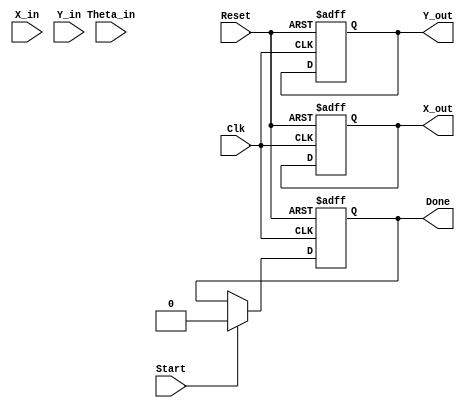
module fixed_point_cordic (
    input  wire [15:0] X_in,       // Fixed-point input x-coordinate
    input  wire [15:0] Y_in,       // Fixed-point input y-coordinate
    input  wire [15:0] Theta_in,   // Fixed-point input angle (in radians)
    input  wire Start,              // Control signal to start CORDIC operation
    input  wire Clk,                // Clock signal
    input  wire Reset,              // Asynchronous reset signal
    output reg  [15:0] X_out,       // Fixed-point output x-coordinate
    output reg  [15:0] Y_out,       // Fixed-point output y-coordinate
    output reg  Done                // Control signal indicating completion
);

    // Parameters
    parameter NUM_ITERATIONS = 16;  // Number of CORDIC iterations
    parameter FIXED_POINT_FRACTIONAL_BITS = 12; // Fractional bits in fixed-point representation

    // Internal signals
    reg [15:0] X;                   // Internal x-coordinate
    reg [15:0] Y;                   // Internal y-coordinate
    reg [15:0] Z;                   // Internal angle
    reg [3:0] i;                    // Iteration counter
    reg [15:0] Gain;                // Scaling factor
    reg [15:0] atan_table [0:NUM_ITERATIONS-1]; // Arctangent lookup table
    reg d;                          // Direction of rotation

    // Initialize atan_table with precomputed values (in fixed-point)
    initial begin
        atan_table[0] = 16'h2000;  // atan(2^-0) = pi/4 in fixed-point
        atan_table[1] = 16'h1000;  // atan(2^-1)
        atan_table[2] = 16'h0800;  // atan(2^-2)
        atan_table[3] = 16'h0400;  // atan(2^-3)
        atan_table[4] = 16'h0200;  // atan(2^-4)
        atan_table[5] = 16'h0100;  // atan(2^-5)
        atan_table[6] = 16'h0080;  // atan(2^-6)
        atan_table[7] = 16'h0040;  // atan(2^-7)
        atan_table[8] = 16'h0020;  // atan(2^-8)
        atan_table[9] = 16'h0010;  // atan(2^-9)
        atan_table[10] = 16'h0008;  // atan(2^-10)
        atan_table[11] = 16'h0004;  // atan(2^-11)
        atan_table[12] = 16'h0002;  // atan(2^-12)
        atan_table[13] = 16'h0001;  // atan(2^-13)
        atan_table[14] = 16'h0001;  // atan(2^-14)
        atan_table[15] = 16'h0000;  // atan(2^-15)
    end

    // Gain for normalization (for CORDIC)
    always @(*) begin
        Gain = 16'hBFFF; // Approximate scaling factor (1/sqrt(2))
    end

    // Control Logic
    always @(posedge Clk or posedge Reset) begin
        if (Reset) begin
            X <= 0;
            Y <= 0;
            Z <= 0;
            Done <= 0;
            i <= 0;
            X_out <= 0;
            Y_out <= 0;
        end else if (Start) begin
            // Initialize values
            X <= X_in * Gain; // Scale the input x
            Y <= Y_in;        // Use input y directly
            Z <= Theta_in;    // Use input angle directly
            i <= 0;
            Done <= 0;
        end else if (i < NUM_ITERATIONS) begin
            // CORDIC Iteration Logic
            d = (Z < 0) ? 1'b1 : 1'b0; // Determine direction
            if (d) begin
                X <= X + (Y >>> i);
                Y <= Y - (X >>> i);
                Z <= Z + atan_table[i];
            end else begin
                X <= X - (Y >>> i);
                Y <= Y + (X >>> i);
                Z <= Z - atan_table[i];
            end
            i <= i + 1;
        end else if (i == NUM_ITERATIONS) begin
            // Final output assignment
            X_out <= X;
            Y_out <= Y;
            Done <= 1;
        end
    end

endmodule